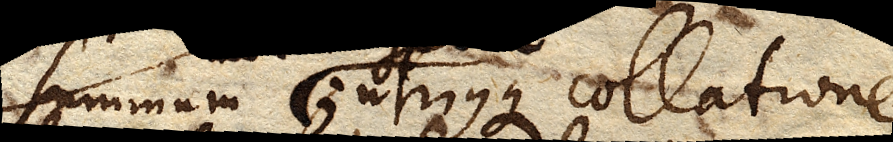
summum ; utriusque collatione